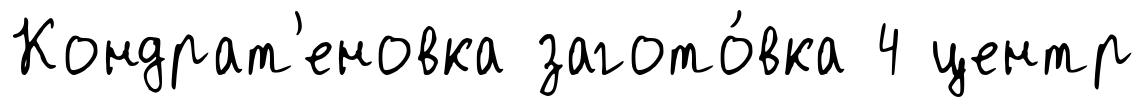
Кондрат'еновка загото́вка 4 центр